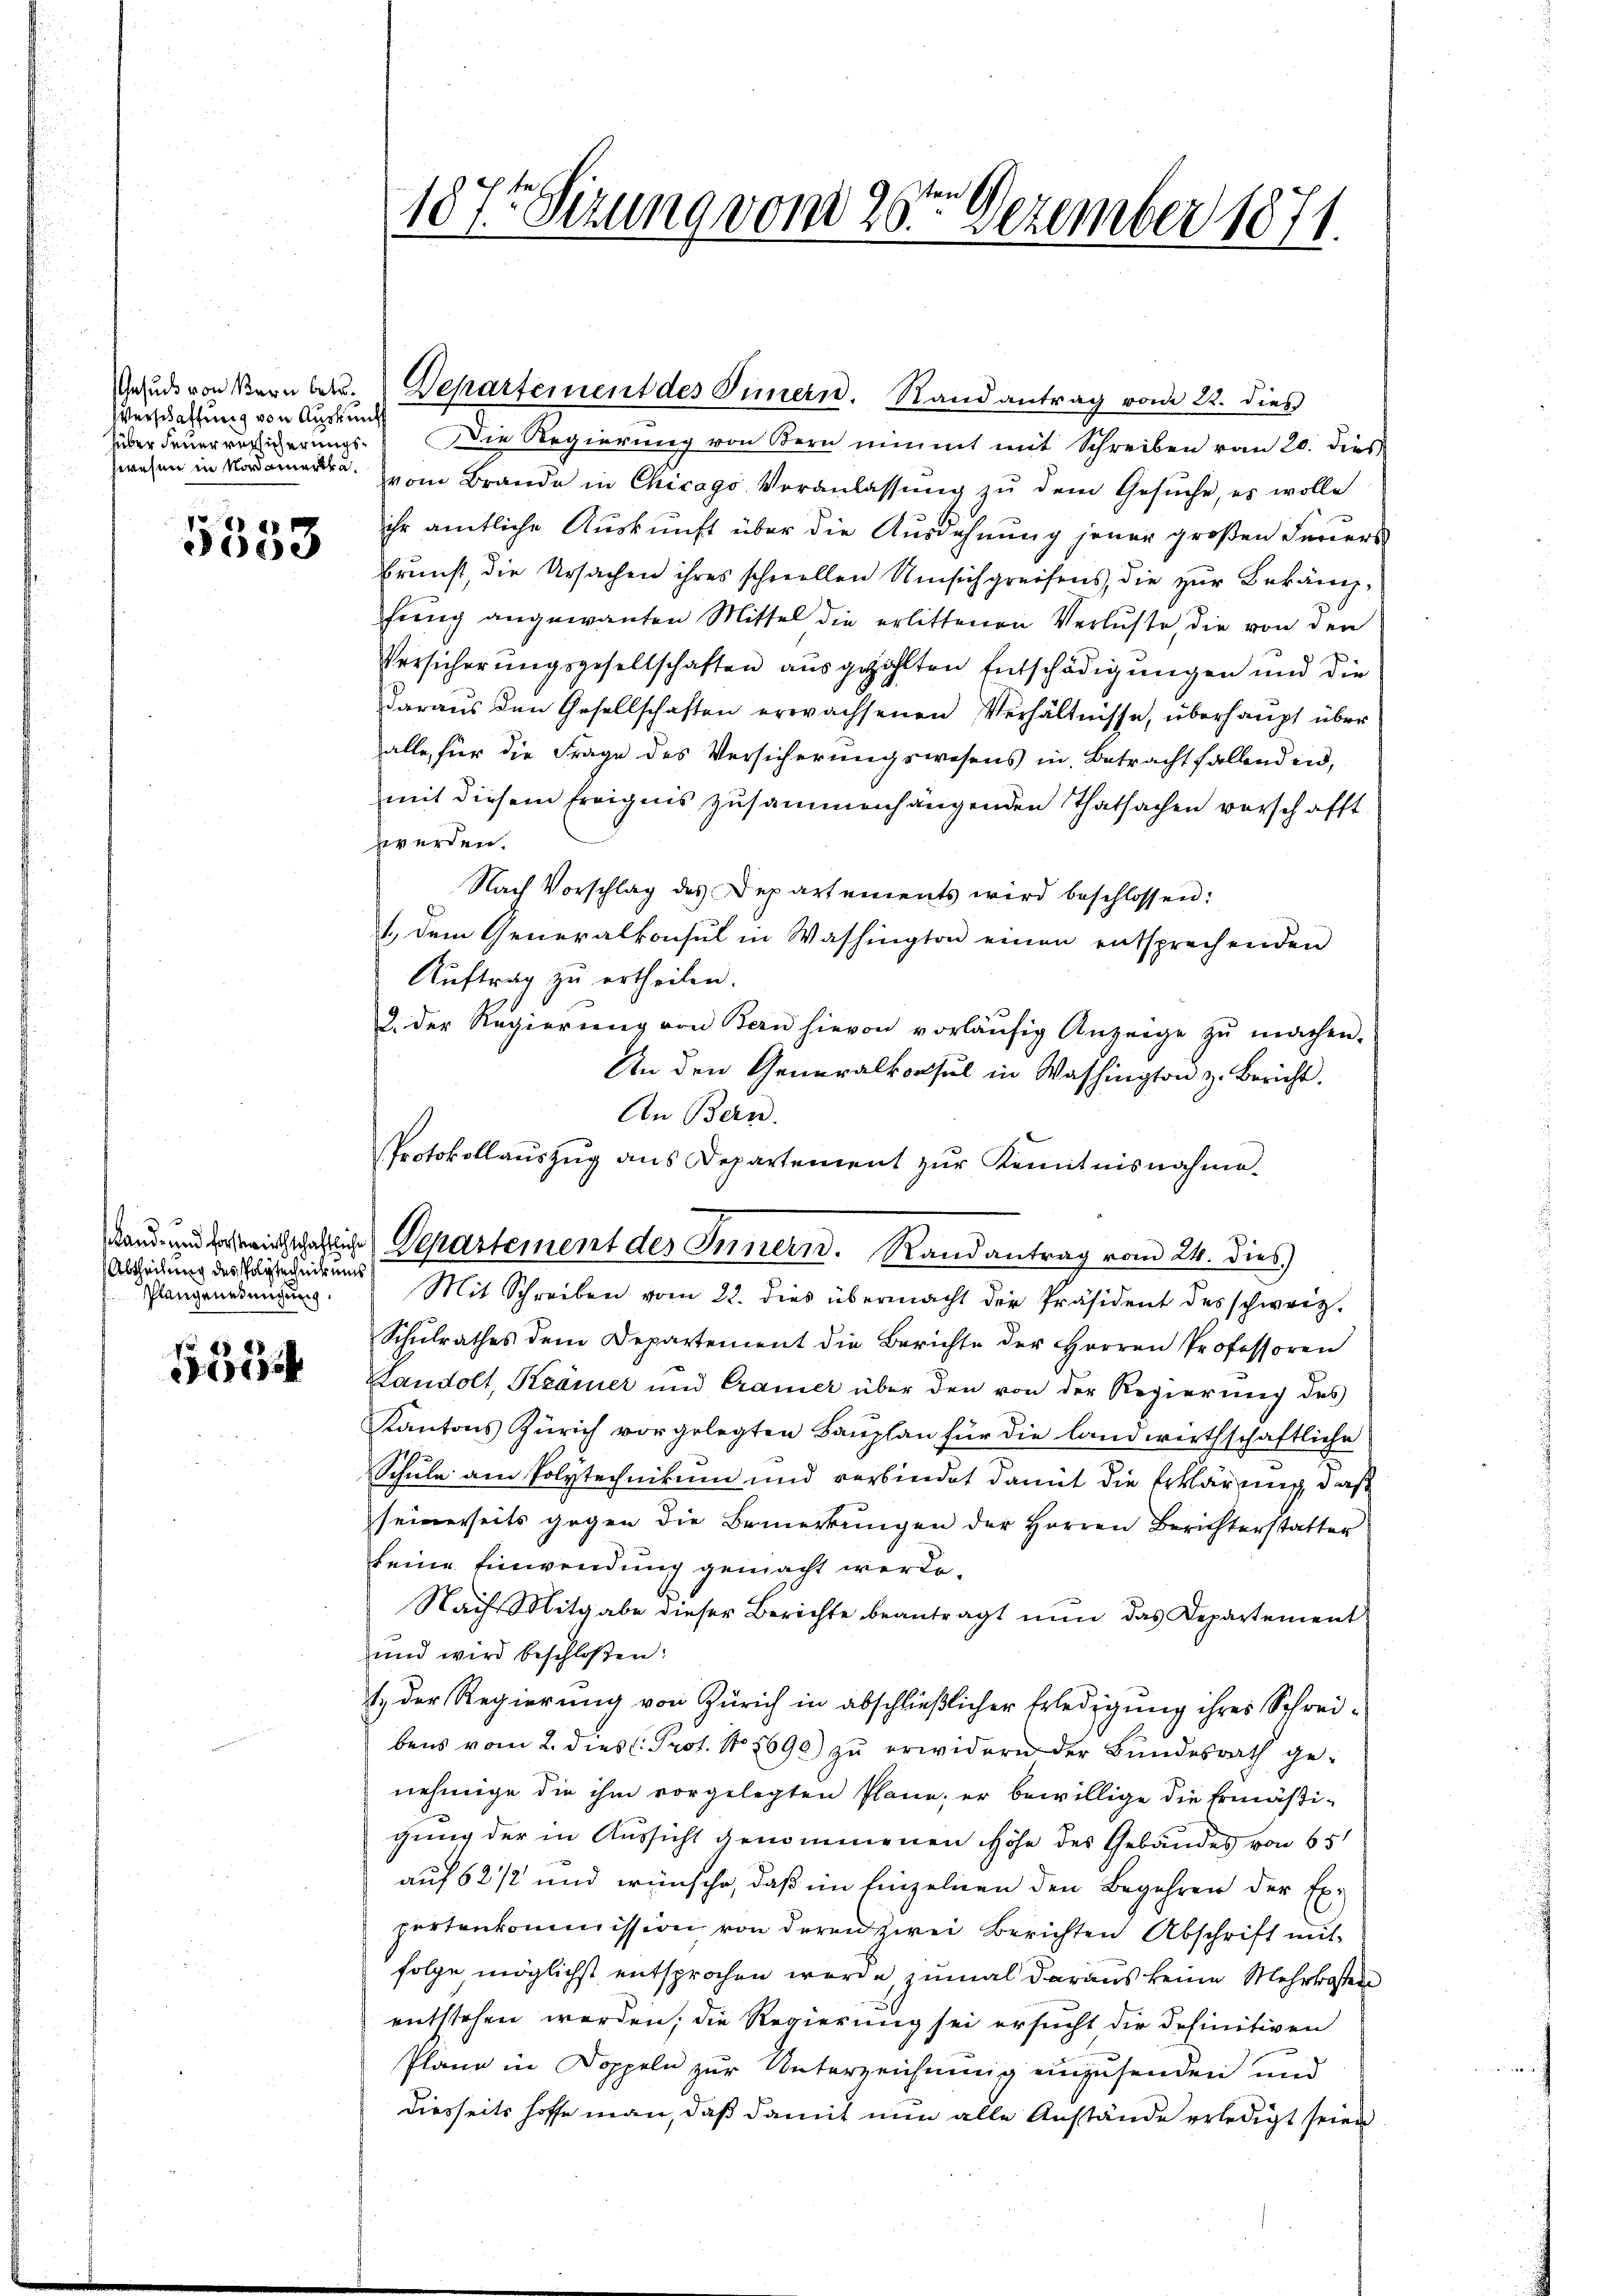
Verschaffung von Auskunf
füber Feuer versicherungszwesen in Nordamerika¬

e
0ge

(Abtheilung des Polytechnikums
Plangenehmigung.

Fr xx
Direk

Die Regierung von Bern nimmt mit Schreiben vom 20. dies
vom Brande in Chicago Veranlassŭng zŭ dem Gesŭche, es wolle
ihr amtliche Aŭskŭnft über die Ausdehnung jener groβen Feriers
Brunst, die Ursachen ihres schwellen Umsich greifens, die zur Bekanzfung angewanten Mittel die erlittenen Verluste, die von den
Versicherungsgesellschaften ausgezählten Entschädigungen und die
daraus den Gesellschaften erwachsenen Verhältnisse, überhaupt über
alle, für die Frage des Versicherungswesens in Betracht fallenden,
mit diesem freignis zusammenhängenden Thatsachen verschafft
zwerden.
Nach Vorschlag des Departements wird beschlossen:
1. dem Generalkonsul in Washington einen entsprechenden
Auftrag zu ertheilen.
2. der Regierŭng von Bern hievon vorläŭfig Anzeige zŭ machen.
An den Generalkonsul in Washington z. Bericht.
An Bern.
Schŭlrathes dem Departement die Berichte der Herren Professoren
Landolt, Krämer und Cramer über den von der Regierung des
Kantons Zürich vorgelegten Baŭplan für die landwirthschaftliche
Schule am Polytechnikum und verbindet damit die Erklärung, daß
seinerseits gegen die Bemerkungen der Herren Berichterstatter
keine Einwendung gemacht werde.
Nach Mitgabe dieser Berichte beantragt nun das Departement
und wird beschloßen:
1. Der Regierung von Zürich in abschließlicher Erledigung ihres Schreibens vom 2. dies Prot. No 1690) zu erwidern der Bundesrath genehmige die ihm vorgelegten Plane, er bewillige die Ermäßigung der in Aussicht genommenen Höhe des Gebäudes von 651
auf 62/2 und wünsche, daß im Einzelnen den Begehren der Expertenkommission von deren zwei Berichten Abschrift mit
folge möglichst entsprochen werde, zumal daraus keine Mehrkosten
entstehen werden; die Regierung sei ersucht die definitiven
Plane in Doppeln zur Unterzeichnung einzusenden und
diesseits hoffe man, daß damit nun alle Anstände erledigt seien

187t Sitzung von 26ten Dezember 1871.

Gesuds von Verüber. Departement des Innern. Stand antrag vom 22. dies

Protokollaŭszŭg ans Departement zŭr Kenntnisnahme.
Land und bereinschlich Departement des Innern. Randantrag vom 24. dies
Mit Schreiben vom 22. dies übermacht der Präsident des schweiz.